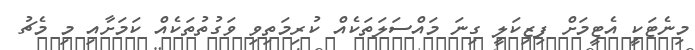
މިނެޓަކީ އެޓީމަށް ފިޒިކަލީ ގިނަ މައްސަލަތަކެއް ކުރިމަތިވި ވަގުތުތަކެއް ކަމަށާއި މި މެޗު